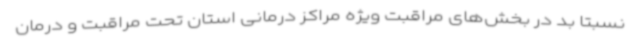
نسبتاً بد در بخش‌های مراقبت ویژه مراکز درمانی استان تحت مراقبت و درمان